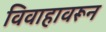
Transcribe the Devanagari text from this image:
विवाहावरून